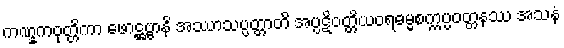
ကဏ္ဋကဝုတ္တိကာ ဖောဋ္ဌဗ္ဗာနိ အဿာသပ္ပတ္တာတိ အပ္ပဋိဝတ္တိယဝရဓမ္မစက္ကပ္ပဝတ္တနဿ အသနံ